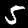
Digit: 5